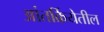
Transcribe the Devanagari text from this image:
आंतर्क्रियेतील